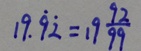
1 9 . \dot { 9 } \dot { 2 } = 1 9 \frac { 9 2 } { 9 9 }